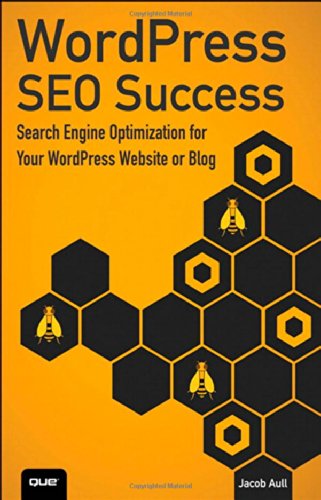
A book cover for WordPress SEO Success: Search Engine Optimization for Your WordPress Website or Blog; Jacob Aull; Computers & Technology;